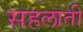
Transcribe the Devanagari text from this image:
सहलाती